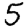
Digit: 5